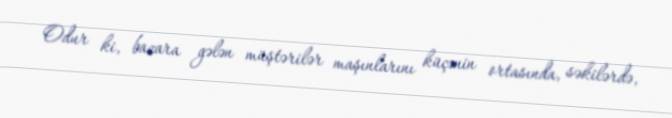
Odur ki, bazara gələn müştərilər maşınlarını küçənin ortasında, səkilərdə,